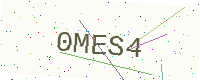
Text: 0MES4